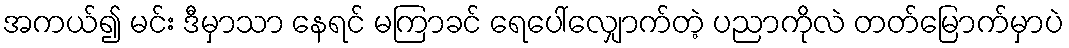
အကယ်၍ မင်း ဒီမှာသာ နေရင် မကြာခင် ရေပေါ်လျှောက်တဲ့ ပညာကိုလဲ တတ်မြောက်မှာပဲ